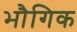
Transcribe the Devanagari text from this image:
भौगिक